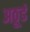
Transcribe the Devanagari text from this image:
अठूडं